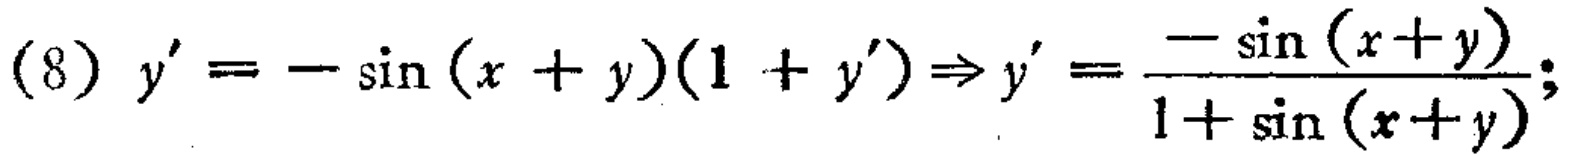
(8) \(y' = -\sin(x + y)(1 + y')\Rightarrow y' = \frac{-\sin(x + y)}{1+\sin(x + y)}\);